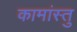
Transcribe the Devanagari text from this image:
कामांस्तु